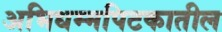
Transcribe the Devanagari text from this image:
अभिधम्मपिटकातील